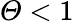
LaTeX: \mathit{\Theta}<1